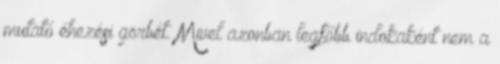
mutató éhezési görbét. Mivel azonban legfőbb indokaként nem a